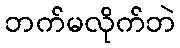
ဘက်မလိုက်ဘဲ